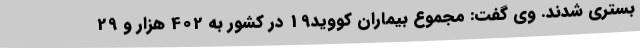
بستری شدند. وی گفت: مجموع بیماران کووید19 در کشور به 402 هزار و 29